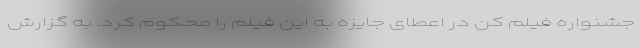
جشنواره فیلم کن در اعطای جایزه به این فیلم را محکوم کرد. به گزارش